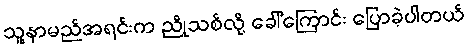
သူ့နာမည်အရင်းက ညိုသစ်လို့ ခေါ်ကြောင်း ပြောခဲ့ပါတယ်